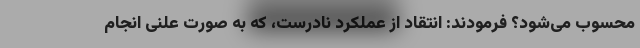
محسوب می‌شود؟ فرمودند: انتقاد از عملکرد نادرست، که به صورت علنی انجام